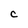
Character: c